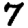
Digit: 7